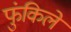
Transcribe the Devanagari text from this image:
फुंकिलें